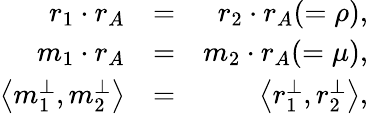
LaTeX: \begin{array}{rlr}{r_{1}\cdot r_{A}}&{=}&{r_{2}\cdot r_{A}(=\rho),}\\ {m_{1}\cdot r_{A}}&{=}&{m_{2}\cdot r_{A}(=\mu),}\\ {\left<{m_{1}^{\perp},m_{2}^{\perp}}\right>}&{=}&{\left<{r_{1}^{\perp},r_{2}^{\perp}}\right>,}\end{array}